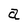
Character: a